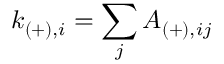
k _ { ( + ) , i } = \sum _ { j } A _ { ( + ) , i j }